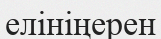
елініңерен